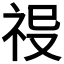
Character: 𥙈